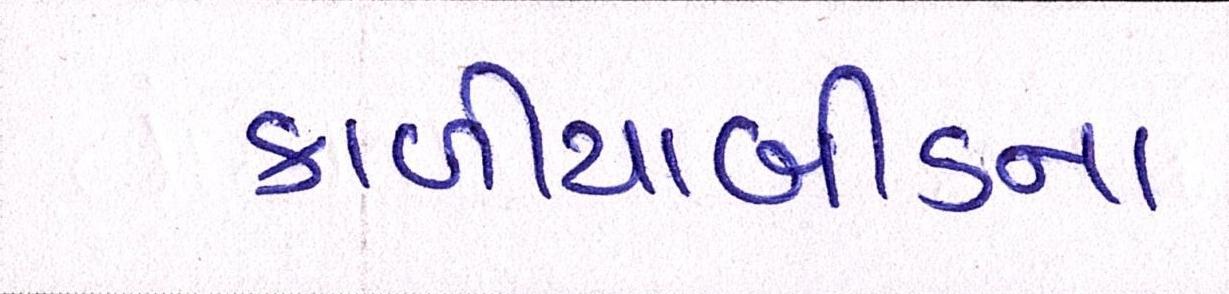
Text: કાળીયાબીડના